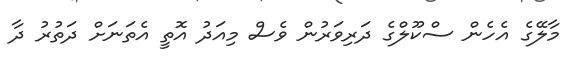
މާލޭގެ އެހެން ސްކޫލްގެ ދަރިވަރުން ވެސް މިއަދު އޮތީ އެތަނަށް ދަތުރު ދާ